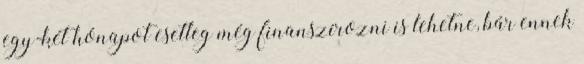
egy-két hónapot esetleg még finanszírozni is lehetne, bár ennek